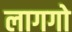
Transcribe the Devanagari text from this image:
लागगो